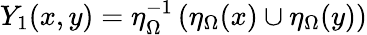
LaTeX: Y_{1}(x,y)=\eta_{\Omega}^{-1}\left(\eta_{\Omega}(x)\cup\eta_{\Omega}(y)\right)